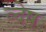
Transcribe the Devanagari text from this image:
व्देष